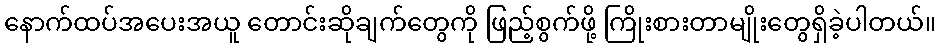
နောက်ထပ်အပေးအယူ တောင်းဆိုချက်တွေကို ဖြည့်စွက်ဖို့ ကြိုးစားတာမျိုးတွေရှိခဲ့ပါတယ်။